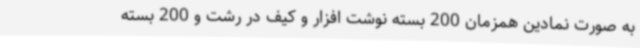
به صورت نمادین همزمان 200 بسته نوشت افزار و کیف در رشت و 200 بسته